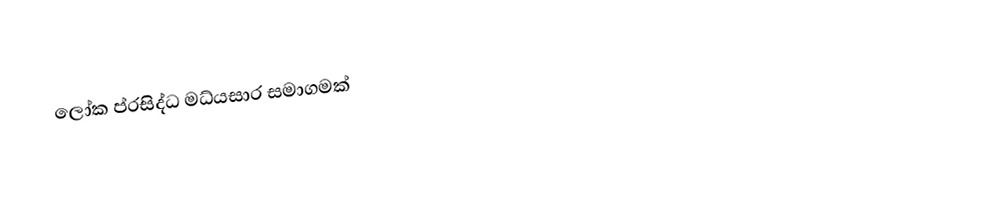
ලෝක ප්රසිද්ධ මධ්යසාර සමාගමක්